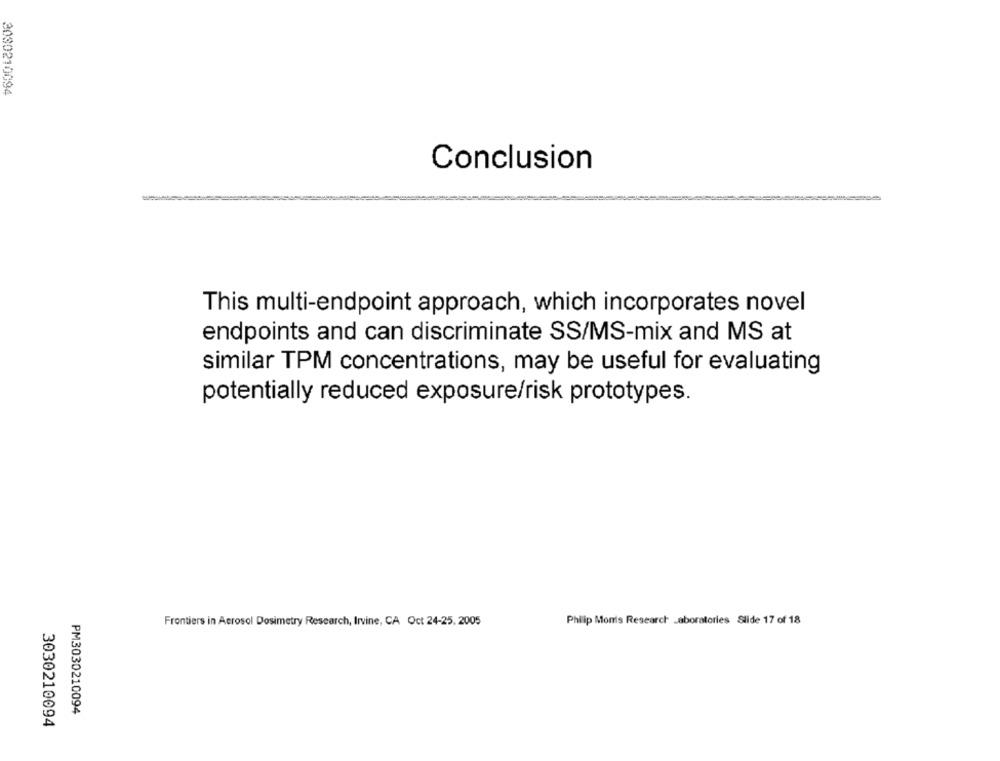
3090210094
Conclusion
This multi-endpoint approach, which incorporates novel
endpoints and can discriminate SS/MS-mix and MS at
similar TPM concentrations, may be useful for evaluating
potentially reduced exposure/risk prototypes.
Frontiers in Aerosol Dosimetry Research, Irvine, CA Oct 24-25, 2005
Philip Monis Research Laboratories Slide 17 of 18
PM3030210094
3030210094